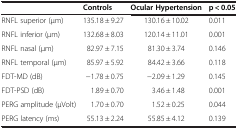
|  | Controls | Ocular Hypertension | p < 0.05 |
 | --- | --- | --- | --- |
 | RNFL superior (μm) | 135.18 ± 9.27 | 130.16 ± 10.02 | 0.011 |
 | RNFL inferior (μm) | 132.68 ± 8.03 | 120.14 ± 11.01 | 0.001 |
 | RNFL nasal (μm) | 82.97 ± 7.15 | 81.30 ± 3.74 | 0.146 |
 | RNFL temporal (μm) | 85.97 ± 5.92 | 84.42 ± 3.66 | 0.118 |
 | FDT-MD (dB) | −1.78 ± 0.75 | −2.09 ± 1.29 | 0.145 |
 | FDT-PSD (dB) | 1.89 ± 0.70 | 3.46 ± 1.48 | 0.001 |
 | PERG amplitude (μVolt) | 1.70 ± 0.70 | 1.52 ± 0.25 | 0.044 |
 | PERG latency (ms) | 55.13 ± 2.24 | 55.85 ± 4.12 | 0.139 |